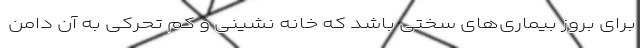
برای بروز بیماری‌های سختی باشد که خانه نشینی و کم تحرکی به آن دامن